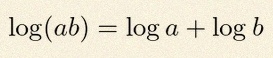
\log(ab)=\log a+\log b